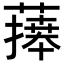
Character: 𦾙